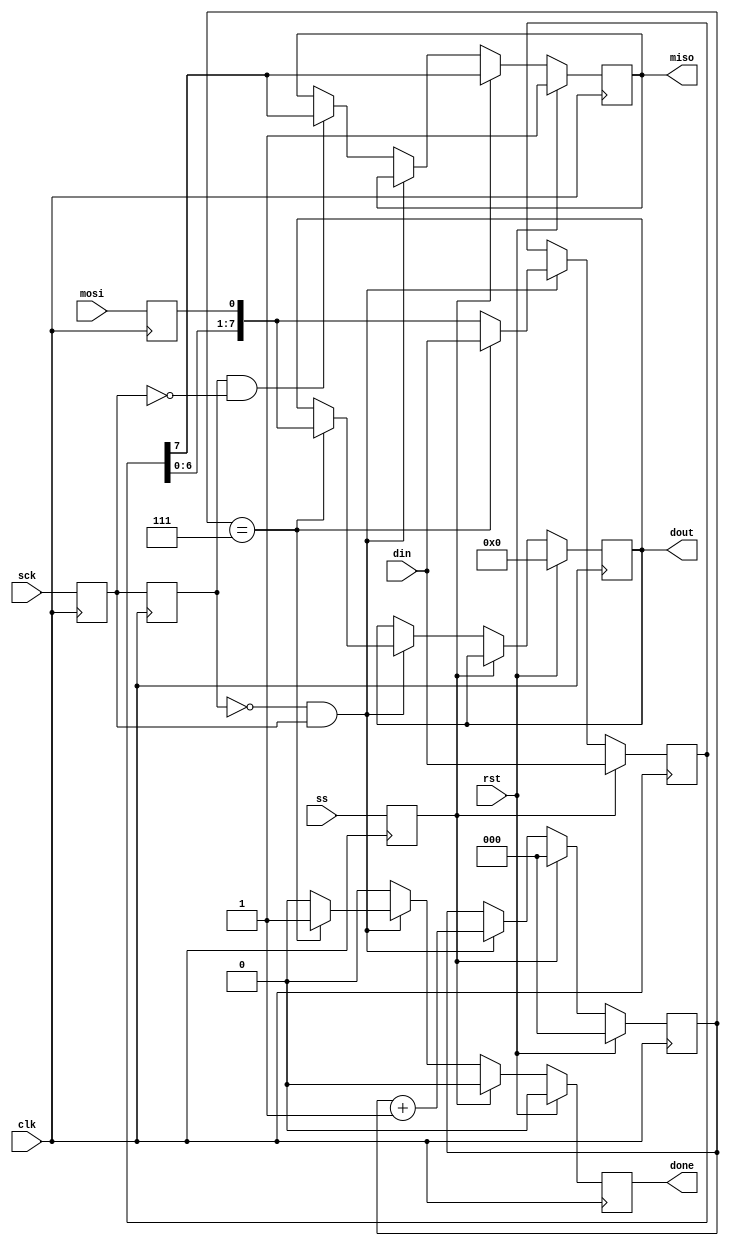
// Modified from Embedded Micro code, MIT license.

module spi_slave(
    input clk,
    input rst,
    input ss,
    input mosi,
    output miso,
    input sck,
    output done,
    input [7:0] din,
    output [7:0] dout
    );

reg mosi_d, mosi_q;
reg ss_d, ss_q;
reg sck_d, sck_q;
reg sck_old_d, sck_old_q;
reg [7:0] data_d, data_q;
reg done_d, done_q;
reg [2:0] bit_ct_d, bit_ct_q;
reg [7:0] dout_d, dout_q;
reg miso_d, miso_q;

assign miso = miso_q;
assign done = done_q;
assign dout = dout_q;

always @(*) begin
    ss_d = ss;
    mosi_d = mosi;
    miso_d = miso_q;
    sck_d = sck;
    sck_old_d = sck_q;
    data_d = data_q;
    done_d = 1'b0;
    bit_ct_d = bit_ct_q;
    dout_d = dout_q;

    if (ss_q) begin
        bit_ct_d = 3'b0;
        data_d = din;
        miso_d = data_q[7];
    end else begin
        if (!sck_old_q && sck_q) begin // rising edge
            data_d = {data_q[6:0], mosi_q};
            bit_ct_d = bit_ct_q + 1'b1;
            if (bit_ct_q == 3'b111) begin
                dout_d = {data_q[6:0], mosi_q};
                done_d = 1'b1;
                data_d = din;
            end
        end else if (sck_old_q && !sck_q) begin // falling edge
            miso_d = data_q[7];
        end
    end
end

always @(posedge clk) begin
    if (rst) begin
        done_q <= 1'b0;
        bit_ct_q <= 3'b0;
        dout_q <= 8'b0;
        miso_q <= 1'b1;
    end else begin
        done_q <= done_d;
        bit_ct_q <= bit_ct_d;
        dout_q <= dout_d;
        miso_q <= miso_d;
    end

    sck_q <= sck_d;
    mosi_q <= mosi_d;
    ss_q <= ss_d;
    data_q <= data_d;
    sck_old_q <= sck_old_d;

end


endmodule